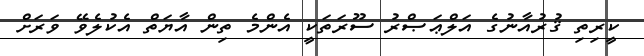
ކީރިތި ޤުރުއާނުގެ އަލްޢަޞްރު ސޫރަތަކީ އެންމެ ތިން އާޔަތް އެކުލެވޭ ވަރަށް